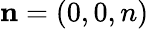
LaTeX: {\mathbf{n}}=(0,0,n)